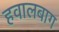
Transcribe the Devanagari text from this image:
हवालबाग